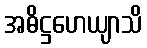
အဓိဋ္ဌဟေယျာသိ